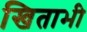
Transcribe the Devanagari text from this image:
खिताभी